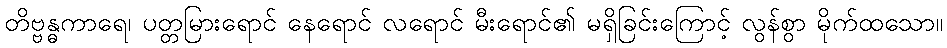
တိဗ္ဗန္ဓကာရေ၊ ပတ္တမြားရောင် နေရောင် လရောင် မီးရောင်၏ မရှိခြင်းကြောင့် လွန်စွာ မိုက်ထသော။